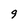
Character: 9